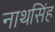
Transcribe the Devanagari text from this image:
नाथसिंह